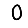
Digit: 0